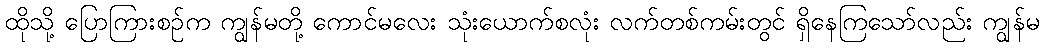
ထိုသို့ ပြောကြားစဉ်က ကျွန်မတို့ ကောင်မလေး သုံးယောက်စလုံး လက်တစ်ကမ်းတွင် ရှိနေကြသော်လည်း ကျွန်မ